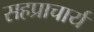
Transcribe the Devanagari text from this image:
सहप्राचार्य